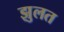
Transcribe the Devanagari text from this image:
झुलत